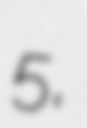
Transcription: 5,